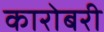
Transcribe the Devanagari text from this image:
कारोबरी